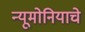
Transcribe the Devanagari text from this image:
न्यूमोनियाचे